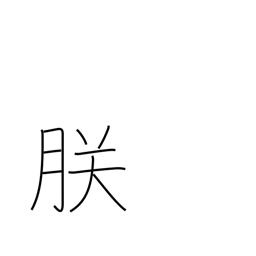
Meaning: majestic plural